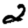
Digit: 2